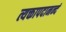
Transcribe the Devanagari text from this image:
त्यक्तापदानन्दं